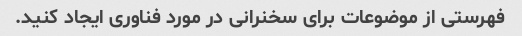
فهرستی از موضوعات برای سخنرانی در مورد فناوری ایجاد کنید.